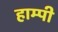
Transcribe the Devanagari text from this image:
हाम्पी